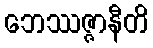
ဘေဿဇ္ဇာနီတိ